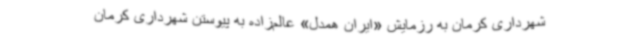
شهرداری کرمان به رزمایش «ایران همدل» عالم‌زاده به پیوستن شهرداری کرمان